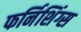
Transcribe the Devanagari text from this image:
फर्निशिंग्स